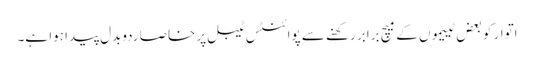
اتوار کو بعض ٹییموں کے میچ برابر رکھنے سے پوائنٹس ٹیبل پر خاصا ردوبدل پیدا ہوا ہے۔